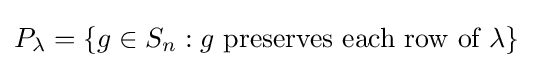
P_{\lambda }=\{g\in S_{n}:g{\text{ preserves each row of }}\lambda \}